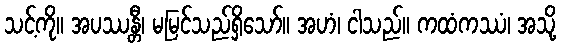
သင့်ကို။ အပဿန္တီ၊ မမြင်သည်ရှိသော်။ အဟံ၊ ငါသည်။ ကထံကဿံ၊ အသို့